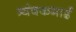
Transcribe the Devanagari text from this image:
त्र्यंबकभाई